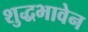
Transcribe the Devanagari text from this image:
शुद्धभावेन